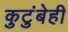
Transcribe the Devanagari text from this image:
कुटुंबेही